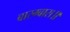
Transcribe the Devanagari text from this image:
बारम्बारा॥